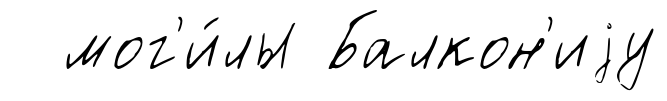
мог'и́лы Балкон'иjу